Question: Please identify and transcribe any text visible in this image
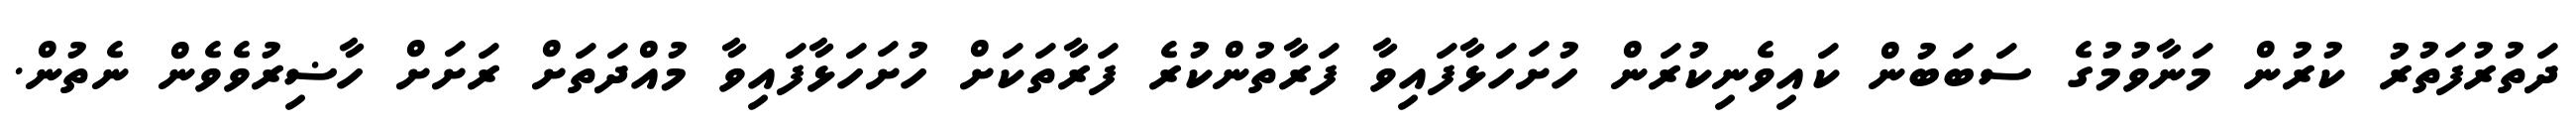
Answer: ދަތުރުފަތުރު ކުރުން މަނާވުމުގެ ސަބަބުން ކައިވެނިކުރަން ހުށަހަޅާފައިވާ ފަރާތުންކުރެ ފަރާތަކަށް ހުށަހަޅާފައިވާ މުއްދަތަށް ރަށަށް ހާޟިރުވެވެން ނެތުން.